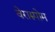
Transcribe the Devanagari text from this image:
वेरारुपोम